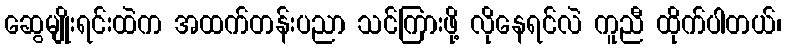
ဆွေမျိုးရင်းထဲက အထက်တန်းပညာ သင်ကြားဖို့ လိုနေရင်လဲ ကူညီ ထိုက်ပါတယ်၊